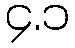
၄.၁